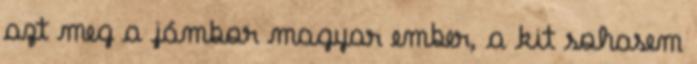
azt meg a jámbor magyar ember, a kit sohasem